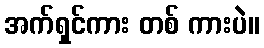
အက်ရှင်ကား တစ် ကားပဲ။